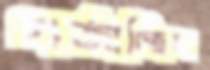
গর্‌জাচ্ছিল